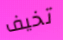
تخيف